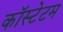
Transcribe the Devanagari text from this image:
कॉस्टेटम